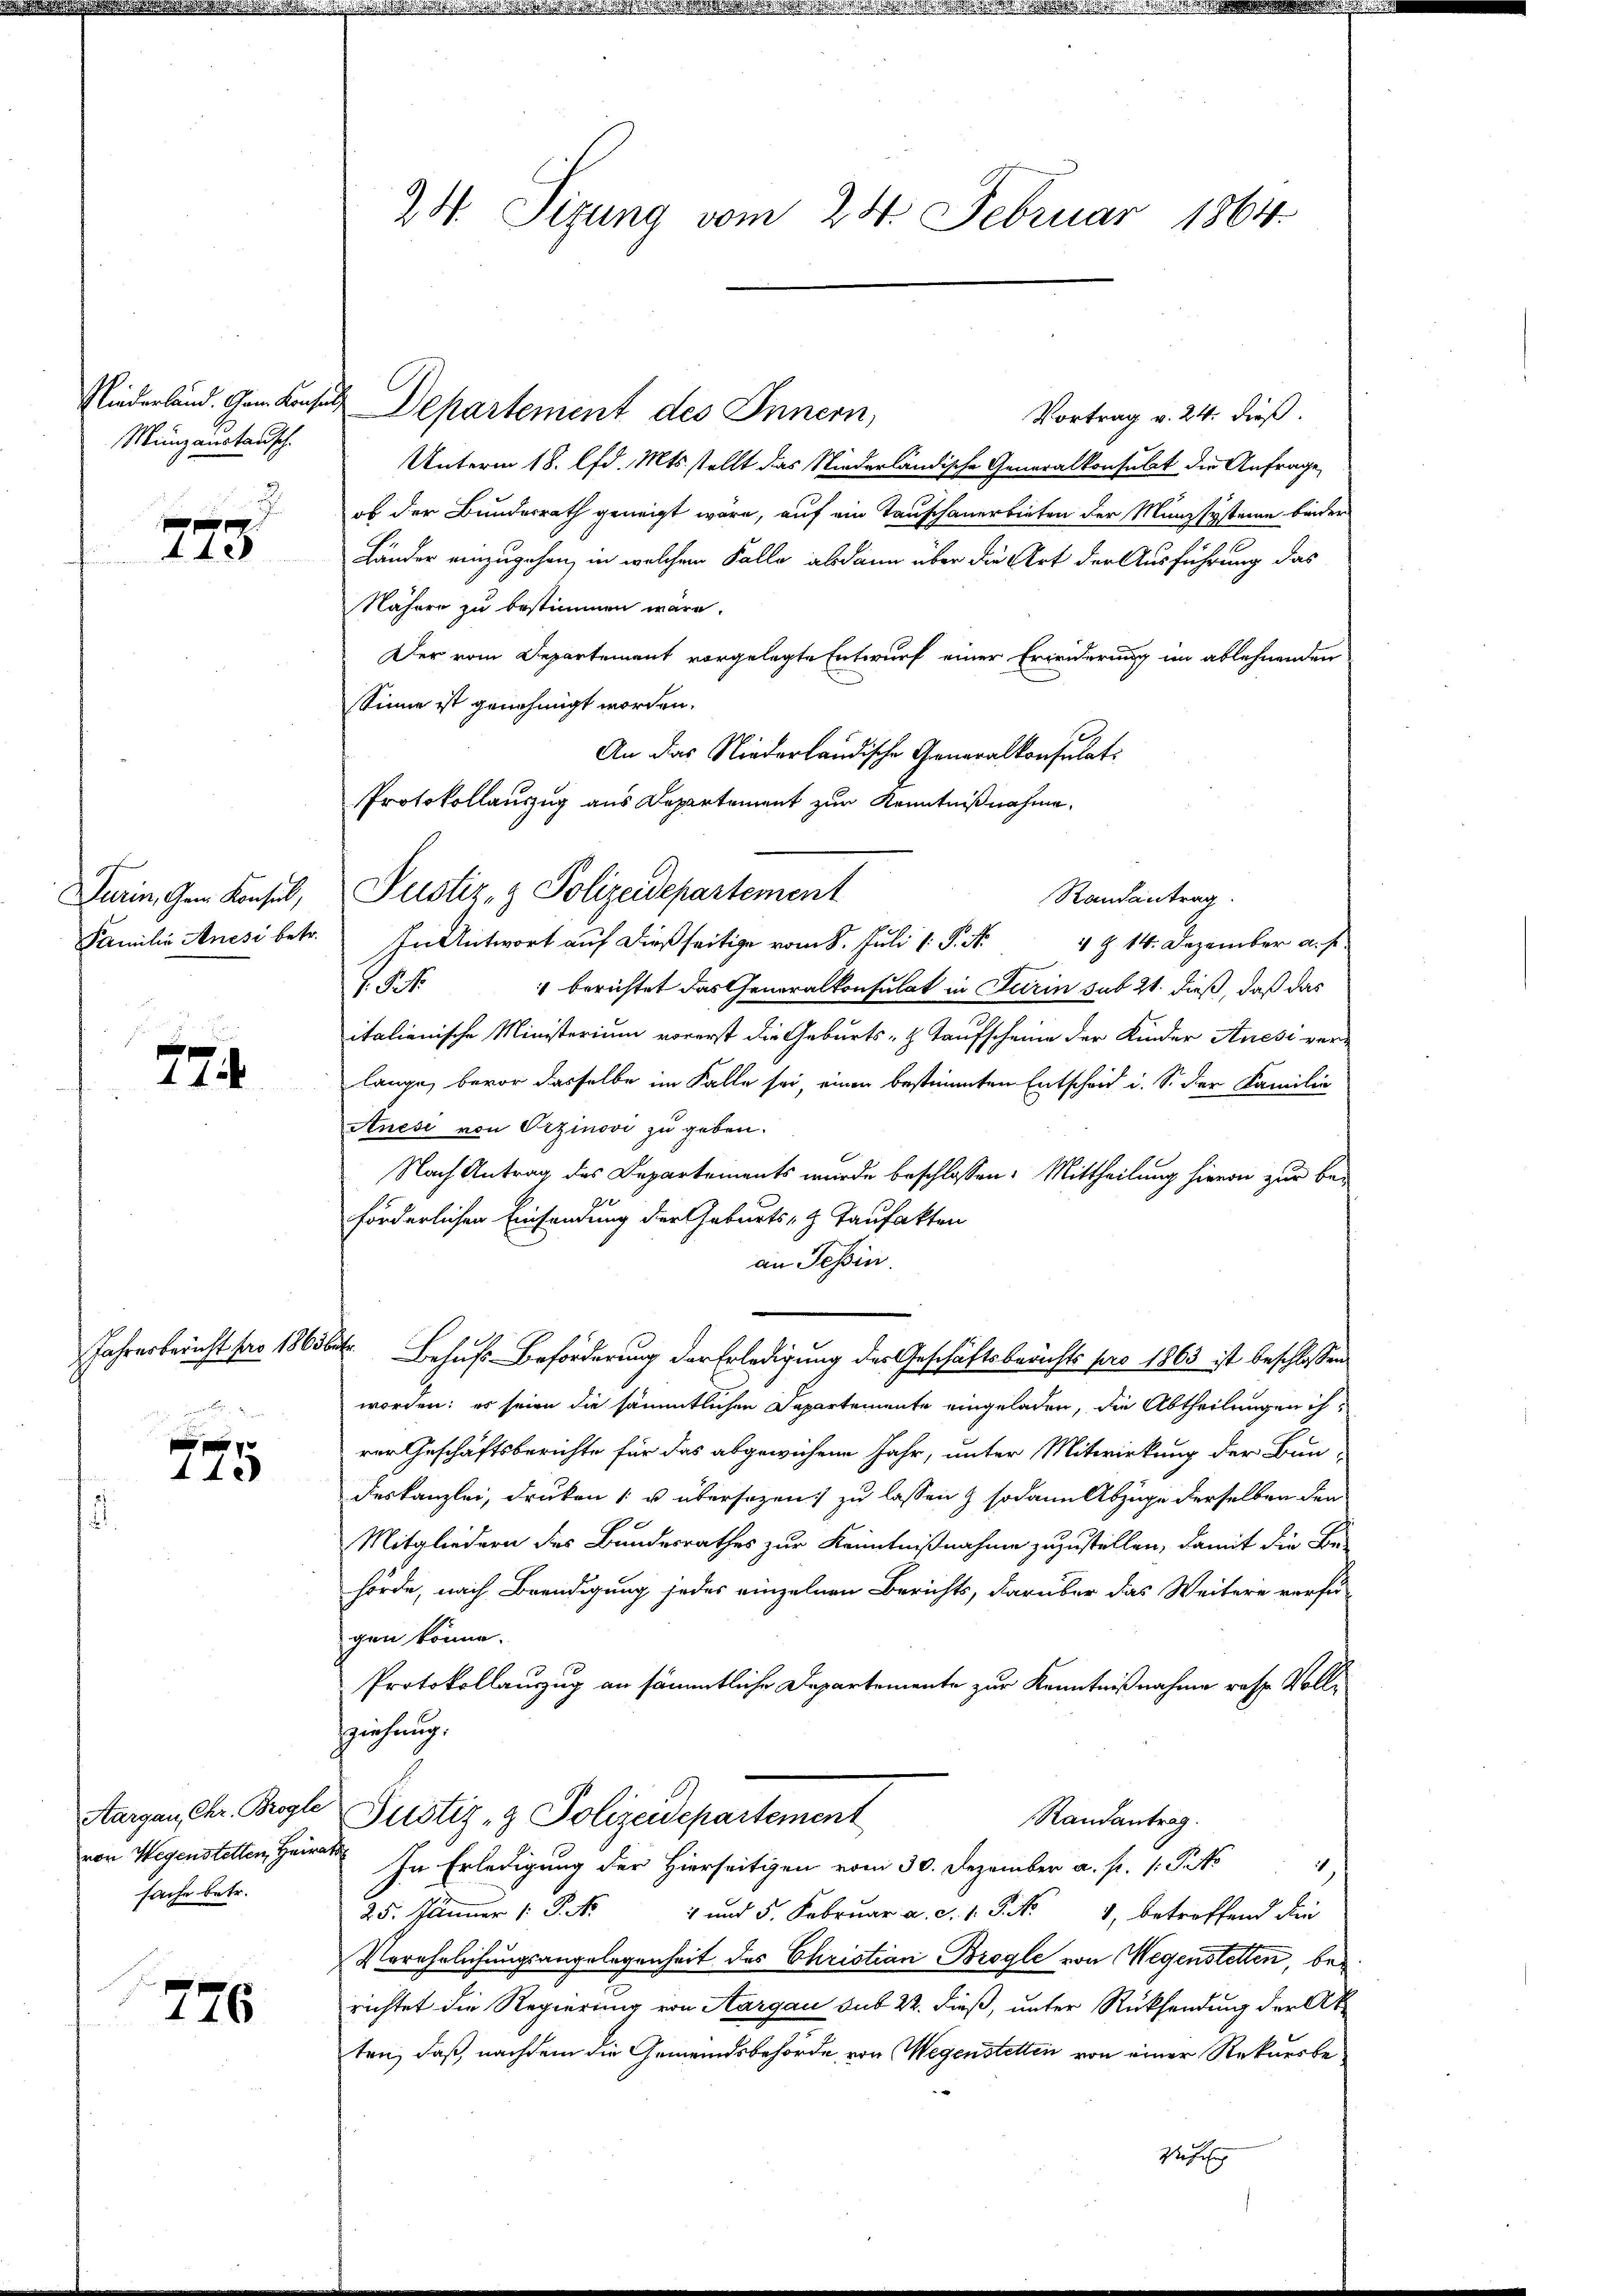
Münzanstausch.

.
 f 0 x
4400

774

Jahresbericht pro 1865.

775

sache betr.

776

24. Sizung vom 24. Februar 1864.

Vortrag v. 24. dieß.
Unterm 18. d. Mts. stellt das Niederländische Generalkonsulat die Anfrage,
ob der Bundesrath geneigt wäre, auf ein Tauschauerbieten der Münzsystemen binder
Länder einzugehen, in welchem Falle abdann über die Art der Ausführung das
Nähere zu bestimmen wäre.
Der vom Departement vorgelegte Entwurf einer Erwiderung im ablehnenden
sSinne ist genehmigt worden.
An das Niederländische Generalkonsulati
Protokollauszug aus Departement zur Kenntnißnahme.
Familie Anesi betr. In Antwort aŭf dießseitige vom 8. Jŭli 1 S. Nr. 4 § 14. Dezember a. f.
J. § 1 berichtet das Generalkonsulat in Turin sub 21. dieß, daß das
italienische Ministerium vorerst die Geburts- & Taufscheine der Kinder Auesi verlange, bevor dasselbe im Falle sei, einen bestimmten Entscheid i. S. der Familie
Anési von Erzinovi zu geben.
Nach Antrag des Departements wurde beschlossen: Mittheilung hievon zur Beförderlichen Einsendung der Geburts- & Taufakten
an Tessin.
Behufs-Beförderung der Erledigung des Geschäftsberichts pro 1863 ist beschlossen
worden; es seien die sämmtlichen Departemente eingeladen, die Abtheilungen ihrer Geschäftsberichte für das abgewiesene Jahr, unter Mitwirkung der Bun-
deskanzlei, drukon [ u übersezen:/ zu lassen & sodann Abzüge derselben den
Mitgliedern des Bundesrathes zur Kenntnißnahme zuzustellen, damit die Be-
hörde, nach Beendigung jedes einzelnen Berichts, darüber das Weitere verfü-
gen könne.
Protokollauszug an sämmtliche Departemente zur Kenntnißnahme resp. Vollziehung.
Aargau Chr. Brogle Justiz- & Polizeidepartement
Randantrag.
von Wegenstellen Heirat. In Erledigung der Hierseitigen vom 30. Dezember a. f. 1. Petto
2
25. Jänner P. Nr. 4 und 5. Febrŭar a. c. 1. P. Nr. 4, betreffend die
Verehelichungsangelegenheit des Christian Brogle von Wegenstetten, berichtet die Regierung von Aargau sub 22. dieß, unter Rücksendung der Akten, daß, nachdem die Gemeindsbehörde, von Wegenstetten von einer Rekursbede sehr

Niederland. Gem. Konst Departement des Innern,

Darin, dem Konsel, Pustiz- & Polizeidepartement

Randantrag.